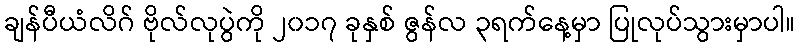
ချန်ပီယံလိဂ် ဗိုလ်လုပွဲကို ၂၀၁၇ ခုနှစ် ဇွန်လ ၃ရက်နေ့မှာ ပြုလုပ်သွားမှာပါ။